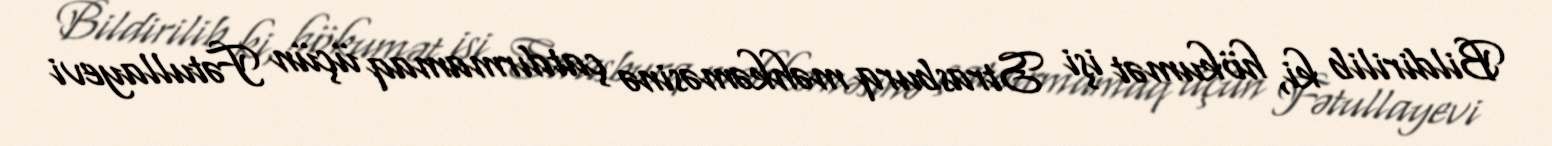
Bildirilib ki, hökumət işi Strasburq məhkəməsinə çatdırmamaq üçün Fətullayevi